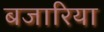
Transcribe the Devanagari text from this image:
बजारिया